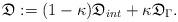
LaTeX: \begin{align*}\mathfrak{D}:=(1-\kappa)\mathfrak{D}_{int}+\kappa \mathfrak{D}_{\Gamma}.\end{align*}